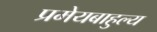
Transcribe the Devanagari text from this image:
प्रमेयबाहुल्य